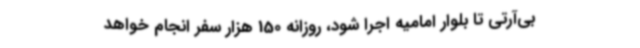
بی‌آرتی تا بلوار امامیه اجرا شود، روزانه 150 هزار سفر انجام خواهد